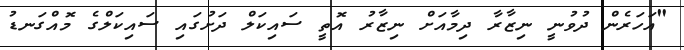
"އަހަރެން ދުވުނީ ނިޒާރާ ދިމާއަށް ނިޒާރު އޮތީ ސައިކަލް ދަށުގައި ސައިކަލްގެ މޮއްގަނޑު